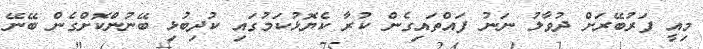
މިއީ ފަރުބޭރަށް ދުވާލު ނަނު ފައްތައިގެން ކުރާ ކެޔޮޅުކަމުގައި ކުދިބުޅި ބޭނުންކޮށްގެން ބޭނޭ